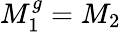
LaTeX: M_{1}^{g}=M_{2}